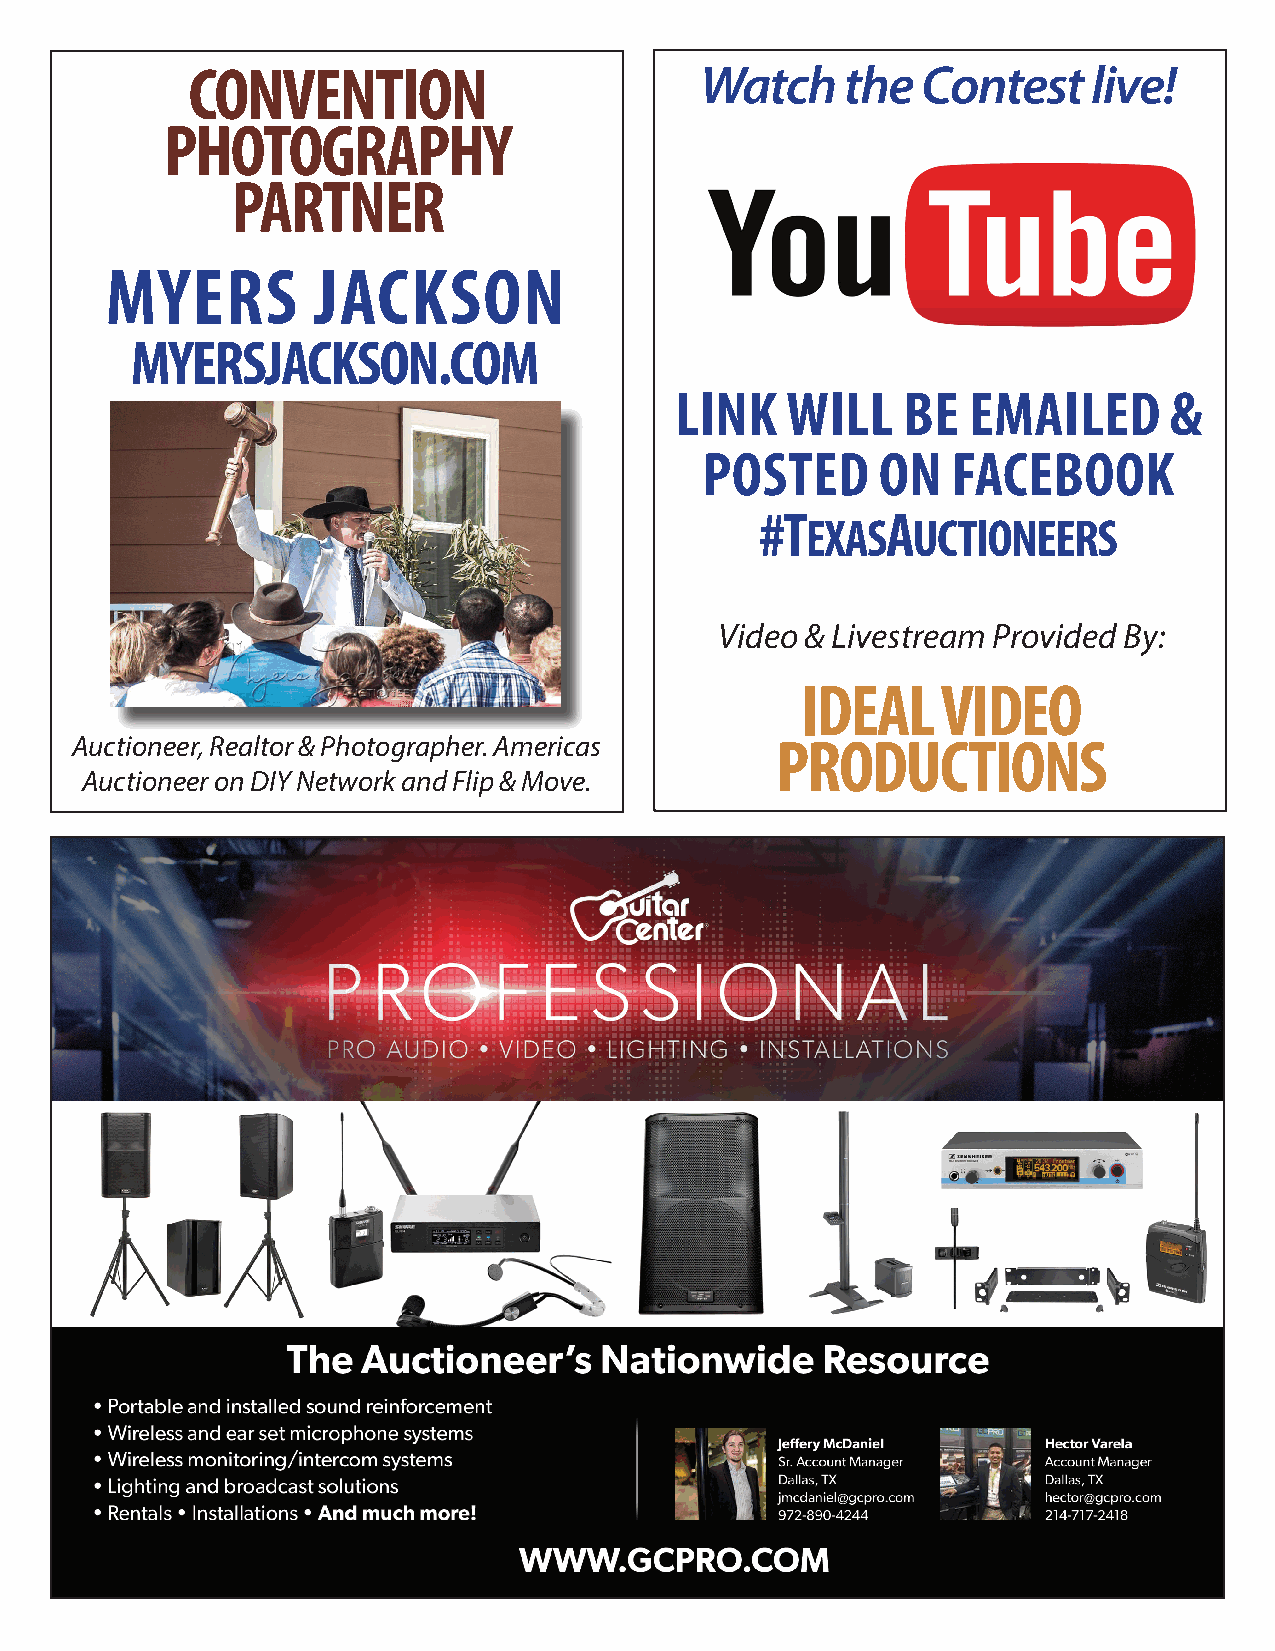
CONVENTION                        Watch     the  Contest    live!
 PHOTOGRAPHY
 PARTNER
 MYERS         JACKSON
 MYERSJACKSON.COM
 LINK   WILL    BE  EMAILED      &
 POSTED     ON   FACEBOOK
 #T       A
 EXAS   UCTIONEERS
 Video & Livestream Provided By:
 IDEAL    VIDEO
 Auctioneer, Realtor & Photographer. Americas  PRODUCTIONS
 Auctioneer on DIY Network and Flip & Move.